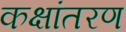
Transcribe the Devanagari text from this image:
कक्षांतरण